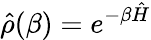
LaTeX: \hat{\rho}(\beta)=e^{-\beta\hat{H}}